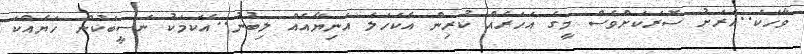
ވާހަކަ..އެރަށު ސޮރަކަށްވެސް މީގެ އަހަރެއް ކުރިން އެކަހަލަ އަނިޔާއެއް ލިބުނު..އެކަމަކު ނަސީބަކުން ހަޔެއްކަ